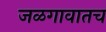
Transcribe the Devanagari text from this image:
जळगावातच